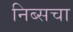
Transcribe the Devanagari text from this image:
निब्सचा